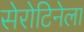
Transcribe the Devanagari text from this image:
सेरोटिनेला